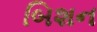
બિશન